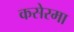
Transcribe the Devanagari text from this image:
कसेरमा